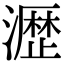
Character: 𤁋